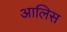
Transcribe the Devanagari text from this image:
आलिस